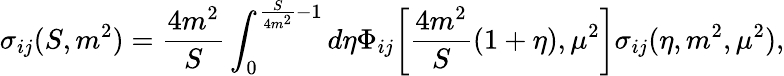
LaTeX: \sigma_{ij}(S,m^{2})={\frac{4m^{2}}{S}}\int_{0}^{{\frac{S}{4m^{2}}}-1}d\eta\Phi_{ij}\biggl[{\frac{4m^{2}}{S}}(1+\eta),\mu^{2}\biggr]\sigma_{ij}(\eta,m^{2},\mu^{2}),